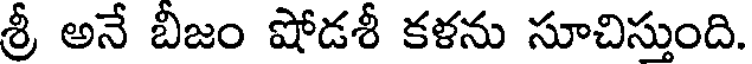
శ్రీ అనే బీజం షోడశీ కళను సూచిస్తుంది.